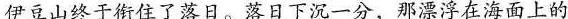
伊豆山终于街住了落日。落日下沉一分，那漂浮在海面上的